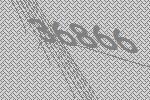
36866